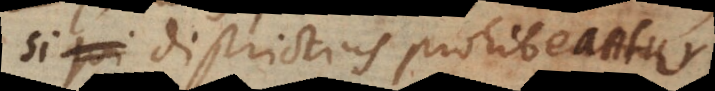
, si districtius prohibeantur